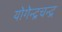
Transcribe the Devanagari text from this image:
योगेन्द्रचन्द्र